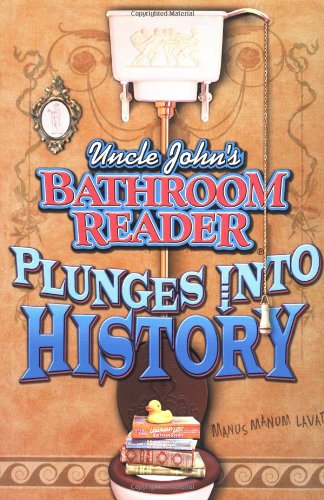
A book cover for Uncle John's Bathroom Reader:   Plunges into History; The Bathroom Readers' Hysterical Society; Humor & Entertainment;